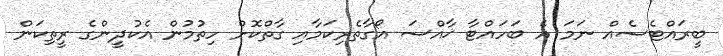
ބީރައްޓެސެއް ނަމަ އެ ބަހައްޓާ ޚާއްސަ އޯގާތެރިކަމާއި ގާތްކޮށް ހިތުމުން އެކުދީންގެ ރީތިކަން